65_HS1-834228961_62-HQ-83894_Section_10
Agency: FBI
Page 10
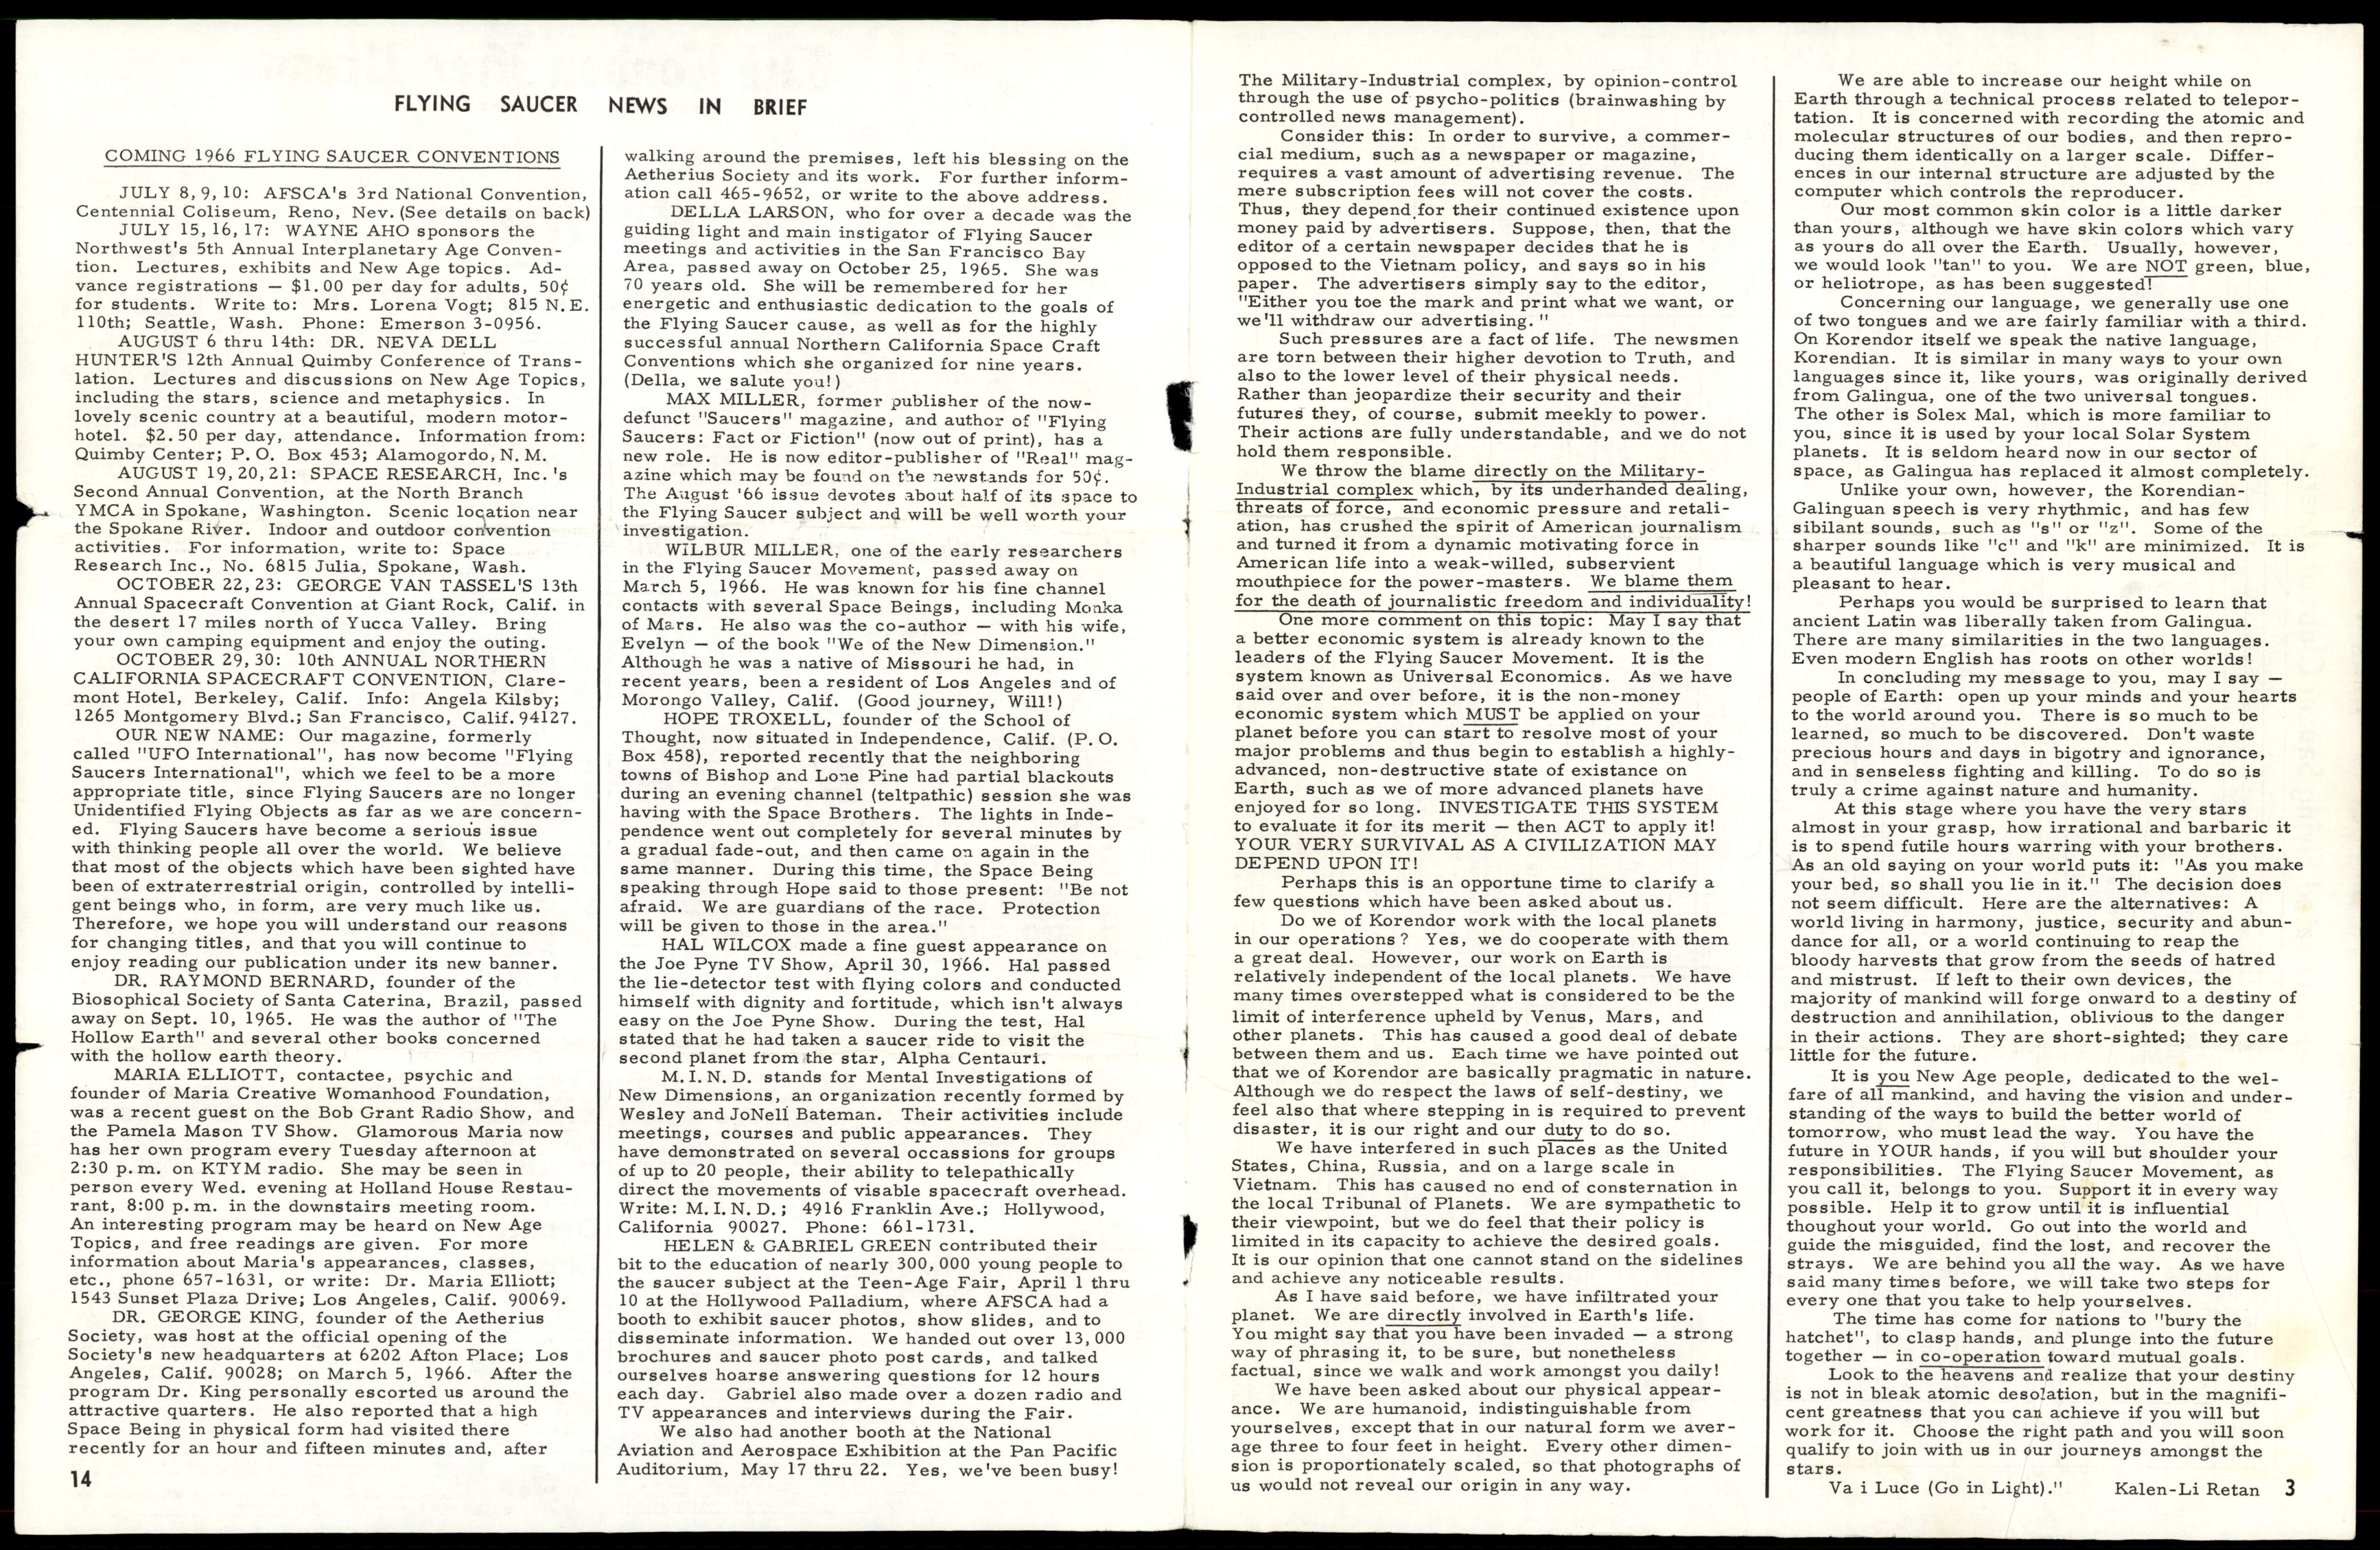